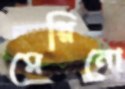
মেরিনো